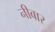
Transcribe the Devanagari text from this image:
नीबार